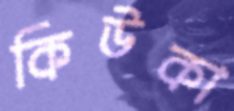
কিউকা